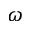
\omega